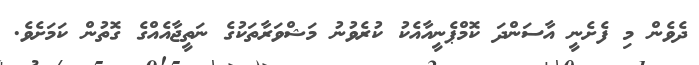
ދެވެން މި ފެށެނީ އާސަންދަ ކޮމްޕެނީއާއެކު ކުރެވުނު މަޝްވަރާތަކުގެ ނަތީޖާއެއްގެ ގޮތުން ކަމަށެވެ.